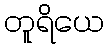
တူရိယေ